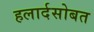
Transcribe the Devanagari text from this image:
हलार्दसोबत